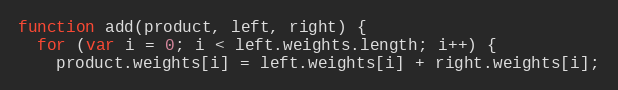
Language: JavaScript
function add(product, left, right) {
  for (var i = 0; i < left.weights.length; i++) {
    product.weights[i] = left.weights[i] + right.weights[i];